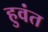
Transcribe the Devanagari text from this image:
हुवंत